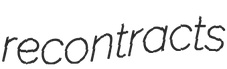
recontracts